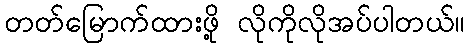
တတ်မြောက်ထားဖို့ လိုကိုလိုအပ်ပါတယ်။